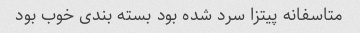
متاسفانه پیتزا سرد شده بود بسته بندی خوب بود